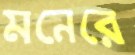
মনেরে